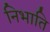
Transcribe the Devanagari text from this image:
निभाति